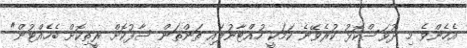
އެހެންވެ މި ދުވަސްކޮޅު ކުރެވޭނެ ކަމަކީ ހުއްޓާނުލައި ތަންތަން ސާފުކޮށް ރީތިކޮށް ބެހެއްޓުން"